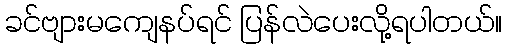
ခင်ဗျားမကျေနပ်ရင် ပြန်လဲပေးလို့ရပါတယ်။